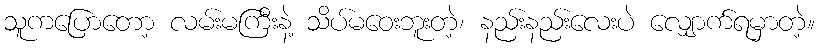
သူကပြောတော့ လမ်းမကြီးနဲ့ သိပ်မဝေးဘူးတဲ့၊ နည်းနည်းလေးပဲ လျှောက်ရမှာတဲ့။